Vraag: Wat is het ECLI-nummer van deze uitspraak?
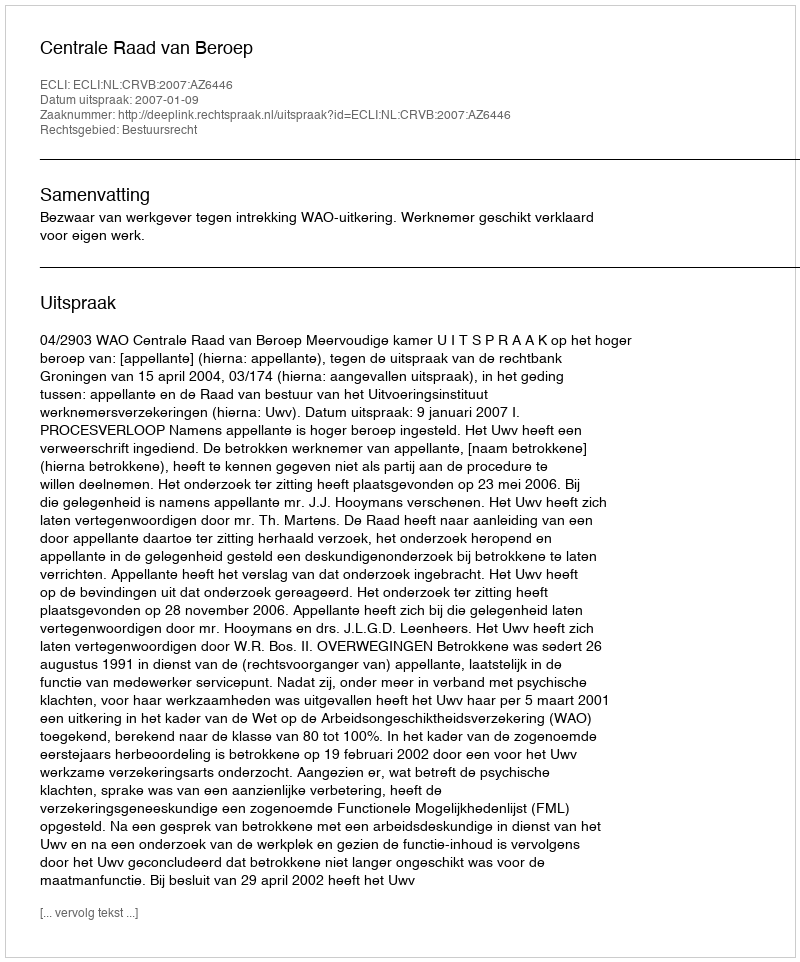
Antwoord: ECLI:NL:CRVB:2007:AZ6446